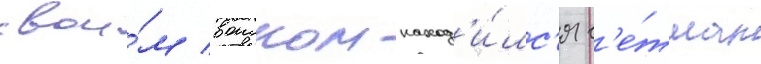
свои́м воиском наход'и́лс'я г'е́тман